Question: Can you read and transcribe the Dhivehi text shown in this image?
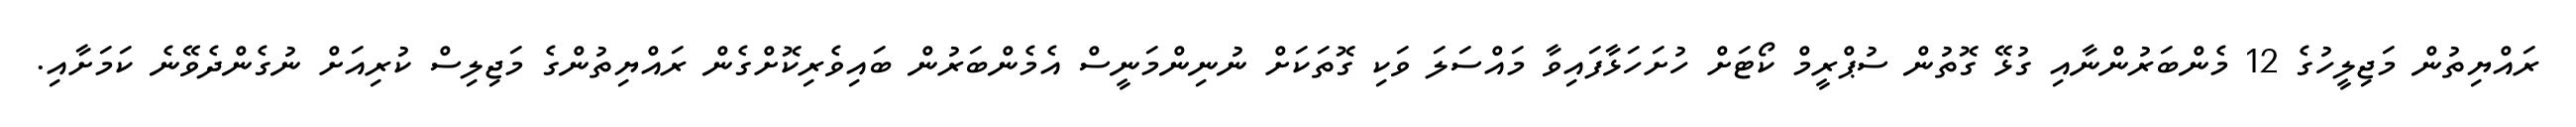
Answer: ރައްޔިތުން މަޖިލީހުގެ 12 މެންބަރުންނާއި ގުޅޭ ގޮތުން ސުޕްރީމް ކޯޓަށް ހުށަހަޅާފައިވާ މައްސަލަ ވަކި ގޮތަކަށް ނުނިންމަނީސް އެމެންބަރުން ބައިވެރިކޮށްގެން ރައްޔިތުންގެ މަޖިލިސް ކުރިއަށް ނުގެންދެވޭނެ ކަމަށާއި.